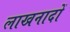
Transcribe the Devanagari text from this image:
लाखनादों